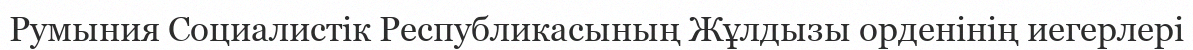
Румыния Социалистік Республикасының Жұлдызы орденінің иегерлері